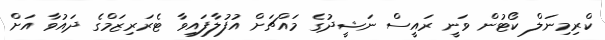
ކްރިމިނަލް ކޯޓުން ވަނީ ރައީސް ނަޝީދުގެ މައްޗަށް އުފުލާފައިވާ ޓެރަރިޒަމްގެ ދައުވާ އަށް